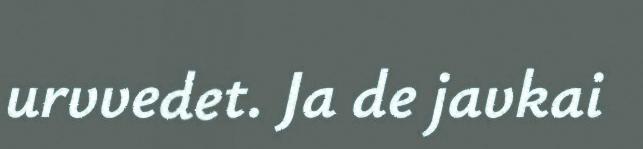
urvvedet. Ja de javkai